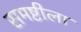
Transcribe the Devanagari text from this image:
समष्टीला